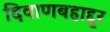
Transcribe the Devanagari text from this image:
दिवाणबहाद्दुर